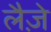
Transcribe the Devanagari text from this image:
लैज़े